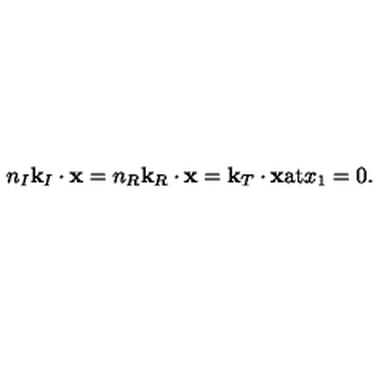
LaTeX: n _ { I } { \bf k } _ { I } \cdot { \bf x } = n _ { R } { \bf k } _ { R } \cdot { \bf x } = { \bf k } _ { T } \cdot { \bf x } \mathrm { a t } x _ { 1 } = 0 .